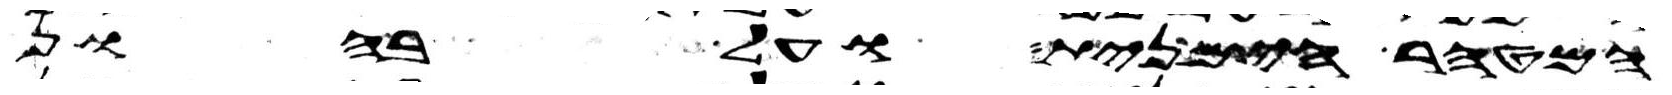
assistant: המטהר הימנית ועל בהון